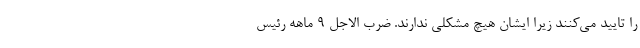
را تایید می‌کنند زیرا ایشان هیچ مشکلی ندارند. ضرب الاجل ۹ ماهه رئیس